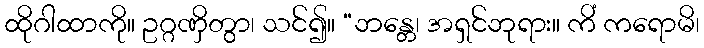
ထိုဂါထာကို။ ဥဂ္ဂဏှိတွာ၊ သင်၍။ “ဘန္တေ၊ အရှင်ဘုရား။ ကိံ ကရောမိ၊